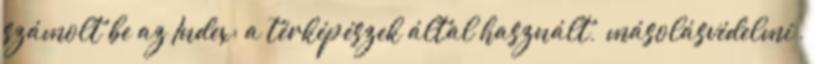
számolt be az Index: a térképészek által használt, “másolásvédelmi”,